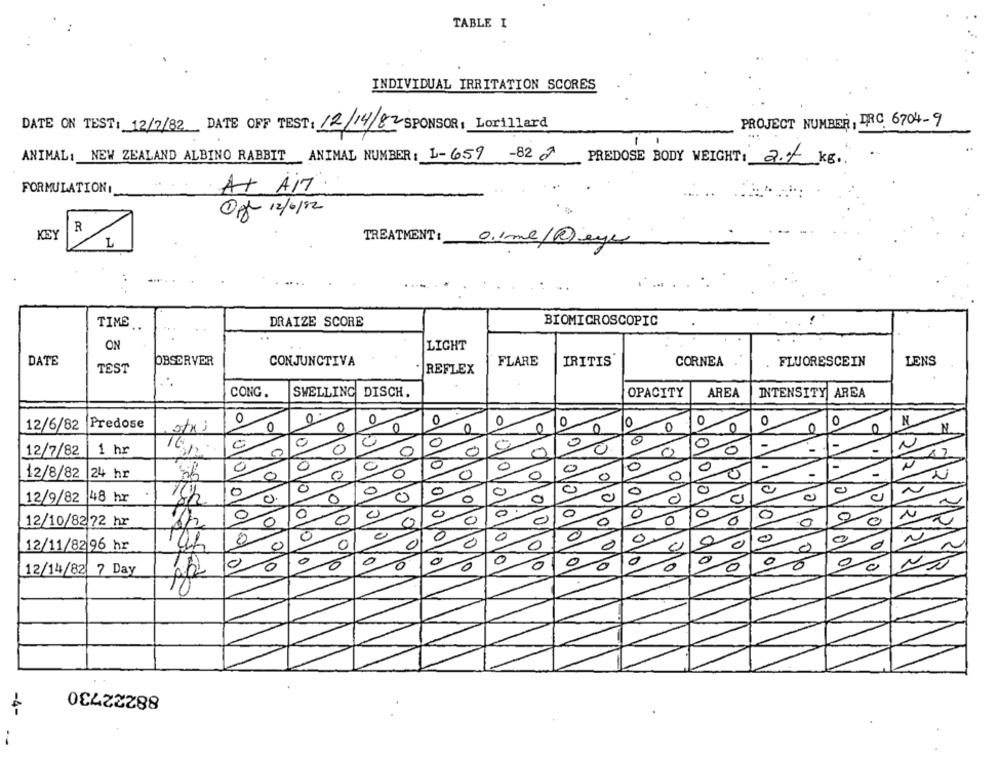
TABLE I
INDIVIDUAL IRRITATION SCORES
PROJECT NUMBER, DRC 6704-9
DATE ON TEST: 12/7/82 DATE OFF TEST: 12/14/82 SPONSOR: Lorillard
ANIMAL: NEW ZEALAND ALBINO RABBIT ANIMAL NUMBER : 1-659 -82 2
PREDOSE BODY WEIGHT: 2.7 kg.
FORMULATION1
At AIT
Off 12/6/82
R
KEY
TREATMENT:
L
o.lme@eye
TIME
DRAIZE SCORE
BIOMICROSCOPIC
ON
LIGHT
DATE
OBSERVER
CONJUNCTIVA
FLARE
IRITIS'
CORNEA
FLUORESCEIN
LENS
TEST
* REFLEX
CONG.
SWELLING DISCH.
OPACITY
AREA
INTENSITY AREA
0
Predose
0
0
0
0
0
0
0
0
N
12/6/82
0
0
O
0
0
C
N
0
0
0
-
-
12/7/82
1 hr
0
0
0
0
0
0
-
-
12/8/82 24 hr
0
0
0
0
0
-
0
0
12/9/82 48 hr
0
0
0
0
10
0
N
0
0
0
0
0
0
12/10/8272 hr
0
0
0
12/11/82 96 hr
0
0
0
0
0
0
e
0
0
0
0
0
10
0
0
90
10
10
12/14/82 7 Day
88222730
-4-
-